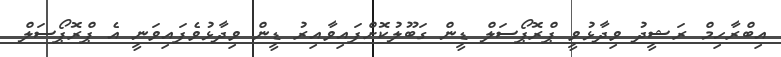
އިބްރާހިމް ރަޝީދު ވިދާޅުވީ ޕްރޮޕޯސަލް ޑީން ގަބޫލުކޮށްފައިވާއިރު ޑީން ވިދާޅުވެފައިވަނީ އެ ޕްރޮޕޯސަލް